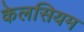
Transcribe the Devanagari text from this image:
केलसियम